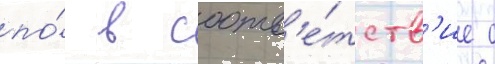
по́ в соотв'е́тств'ие с